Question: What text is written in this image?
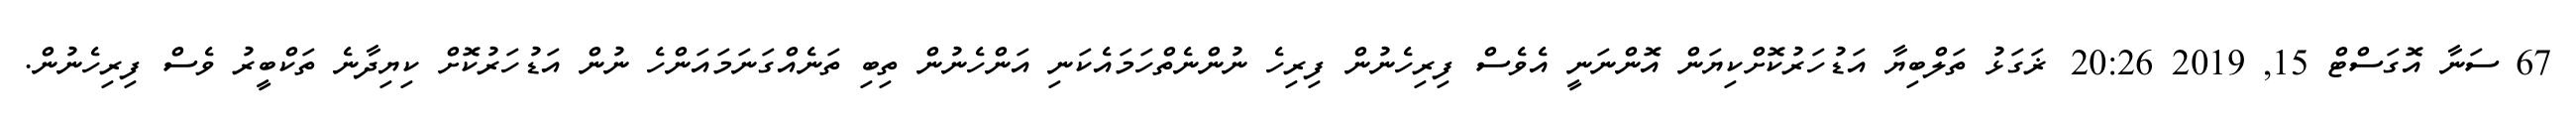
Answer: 67 ސަނާ އޮގަސްޓް 15, 2019 20:26 ޜަގަޅު ތަލްބިޔާ އަޑުހަރުކޮށްކިޔަން އޮންނަނީ އެވެސް ފިރިހެނުން ފިރިހެ ނުންނެތްހަމައެކަނި އަންހެނުން ތިބި ތަނެއްގަނަމައަންހެ ނުން އަޑުހަރުކޮށް ކިޔިދާނެ ތަކްބީރު ވެސް ފިރިހެނުން.